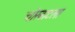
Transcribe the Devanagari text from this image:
चोरबाटला